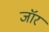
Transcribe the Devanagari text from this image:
जॉर